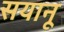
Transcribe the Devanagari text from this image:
सयानू